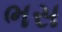
ભસ